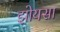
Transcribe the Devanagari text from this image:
झोयसा